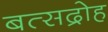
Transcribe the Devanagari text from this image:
बत्सद्रोह